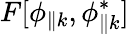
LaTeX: F[\phi_{\parallel k},\phi_{\parallel k}^{*}]